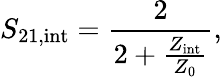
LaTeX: S_{\mathrm{21,int}}=\frac{2}{2+\frac{Z_{\mathrm{int}}}{Z_{0}}},